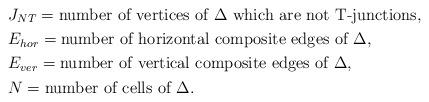
LaTeX: \begin{align*}&J_{NT}=\hbox{number of vertices of $\Delta$ which are not T-junctions},\\&E_{hor}=\hbox{number of horizontal composite edges of $\Delta$},\\&E_{ver}=\hbox{number of vertical composite edges of $\Delta$},\\&N=\hbox{number of cells of $\Delta$}.\end{align*}